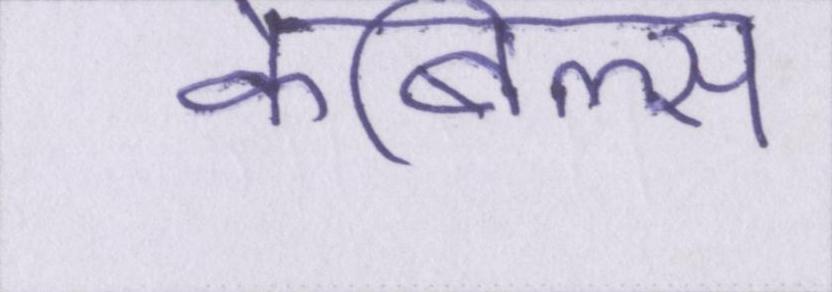
केबिल्स